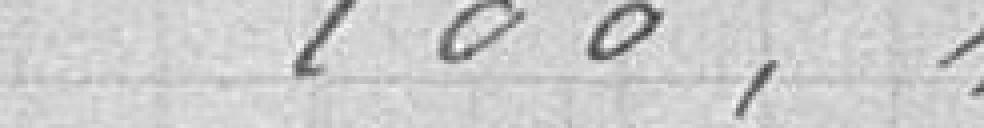
100